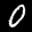
Label: 0